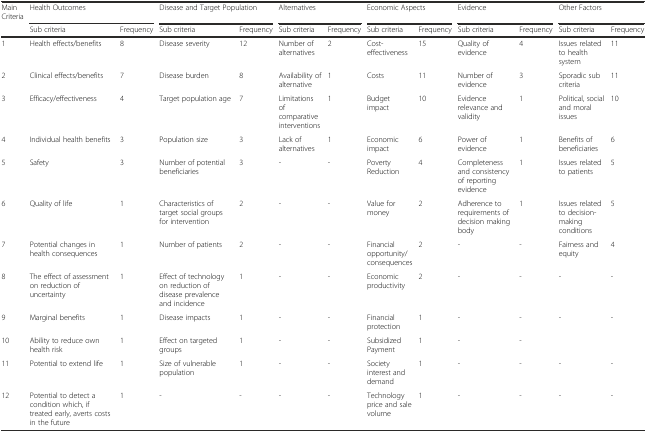
<table><thead><tr><td><b>Main Criteria</b></td><td colspan="2"><b>Health Outcomes</b></td><td colspan="2"><b>Disease and Target Population</b></td><td colspan="2"><b>Alternatives</b></td><td colspan="2"><b>Economic Aspects</b></td><td colspan="2"><b>Evidence</b></td><td colspan="2"><b>Other Factors</b></td></tr><tr><td></td><td><b>Sub criteria</b></td><td><b>Frequency</b></td><td><b>Sub criteria</b></td><td><b>Frequency</b></td><td><b>Sub criteria</b></td><td><b>Frequency</b></td><td><b>Sub criteria</b></td><td><b>Frequency</b></td><td><b>Sub criteria</b></td><td><b>Frequency</b></td><td><b>Sub criteria</b></td><td><b>Frequency</b></td></tr></thead><tbody><tr><td>1</td><td>Health effects/benefits</td><td>8</td><td>Disease severity</td><td>12</td><td>Number of alternatives</td><td>2</td><td>Cost-effectiveness</td><td>15</td><td>Quality of evidence</td><td>4</td><td>Issues related to health system</td><td>11</td></tr><tr><td>2</td><td>Clinical effects/benefits</td><td>7</td><td>Disease burden</td><td>8</td><td>Availability of alternative</td><td>1</td><td>Costs</td><td>11</td><td>Number of evidence</td><td>3</td><td>Sporadic sub criteria</td><td>11</td></tr><tr><td>3</td><td>Efficacy/effectiveness</td><td>4</td><td>Target population age</td><td>7</td><td>Limitations of comparative interventions</td><td>1</td><td>Budget impact</td><td>10</td><td>Evidence relevance and validity</td><td>1</td><td>Political, social and moral issues</td><td>10</td></tr><tr><td>4</td><td>Individual health benefits</td><td>3</td><td>Population size</td><td>3</td><td>Lack of alternatives</td><td>1</td><td>Economic impact</td><td>6</td><td>Power of evidence</td><td>1</td><td>Benefits of beneficiaries</td><td>6</td></tr><tr><td>5</td><td>Safety</td><td>3</td><td>Number of potential beneficiaries</td><td>3</td><td>-</td><td>-</td><td>Poverty Reduction</td><td>4</td><td>Completeness and consistency of reporting evidence</td><td>1</td><td>Issues related to patients</td><td>5</td></tr><tr><td>6</td><td>Quality of life</td><td>1</td><td>Characteristics of target social groups for intervention</td><td>2</td><td>-</td><td>-</td><td>Value for money</td><td>2</td><td>Adherence to requirements of decision making body</td><td>1</td><td>Issues related to decision-making conditions</td><td>5</td></tr><tr><td>7</td><td>Potential changes in health consequences</td><td>1</td><td>Number of patients</td><td>2</td><td>-</td><td>-</td><td>Financial opportunity/consequences</td><td>2</td><td>-</td><td>-</td><td>Fairness and equity</td><td>4</td></tr><tr><td>8</td><td>The effect of assessment on reduction of uncertainty</td><td>1</td><td>Effect of technology on reduction of disease prevalence and incidence</td><td>1</td><td>-</td><td>-</td><td>Economic productivity</td><td>2</td><td>-</td><td>-</td><td>-</td><td>-</td></tr><tr><td>9</td><td>Marginal benefits</td><td>1</td><td>Disease impacts</td><td>1</td><td>-</td><td>-</td><td>Financial protection</td><td>1</td><td>-</td><td>-</td><td>-</td><td>-</td></tr><tr><td>10</td><td>Ability to reduce own health risk</td><td>1</td><td>Effect on targeted groups</td><td>1</td><td>-</td><td>-</td><td>Subsidized Payment</td><td>1</td><td>-</td><td>-</td><td></td><td></td></tr><tr><td>11</td><td>Potential to extend life</td><td>1</td><td>Size of vulnerable population</td><td>1</td><td>-</td><td>-</td><td>Society interest and demand</td><td>1</td><td>-</td><td>-</td><td>-</td><td>-</td></tr><tr><td>12</td><td>Potential to detect a condition which, if treated early, averts costs in the future</td><td>1</td><td>-</td><td>-</td><td>-</td><td>-</td><td>Technology price and sale volume</td><td>1</td><td>-</td><td>-</td><td>-</td><td>-</td></tr></tbody></table>